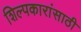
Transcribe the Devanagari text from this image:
शिल्पकारांसाठी